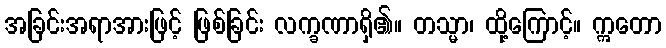
အခြင်းအရာအားဖြင့် ဖြစ်ခြင်း လက္ခဏာရှိ၏။ တသ္မာ၊ ထို့ကြောင့်။ ဣတော